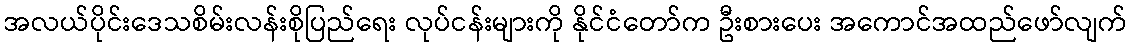
အလယ်ပိုင်းဒေသစိမ်းလန်းစိုပြည်ရေး လုပ်ငန်းများကို နိုင်ငံတော်က ဦးစားပေး အကောင်အထည်ဖော်လျက်